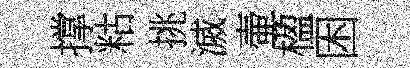
撑䊀挑滅壷楹困